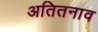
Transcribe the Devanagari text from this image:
अतितनाव